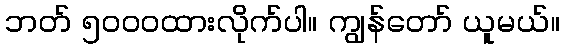
ဘတ် ၅၀၀၀ထားလိုက်ပါ။ ကျွန်တော် ယူမယ်။